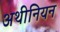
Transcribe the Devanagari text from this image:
अथीनियन